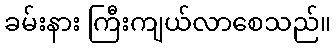
ခမ်းနား ကြီးကျယ်လာစေသည်။